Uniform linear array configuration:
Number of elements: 12
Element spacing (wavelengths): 1
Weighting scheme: hamming
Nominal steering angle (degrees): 15
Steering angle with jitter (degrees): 13.136
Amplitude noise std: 0.05
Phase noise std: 0.05

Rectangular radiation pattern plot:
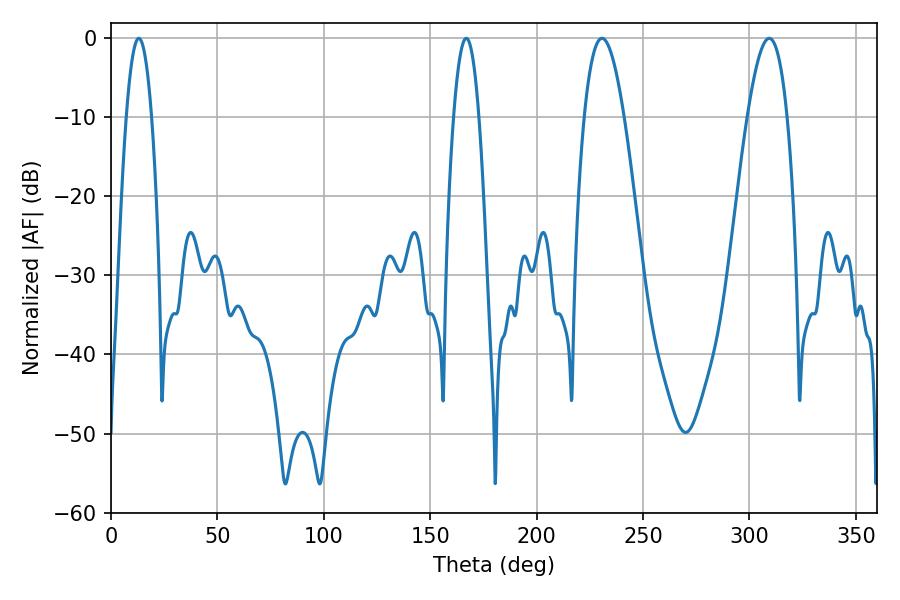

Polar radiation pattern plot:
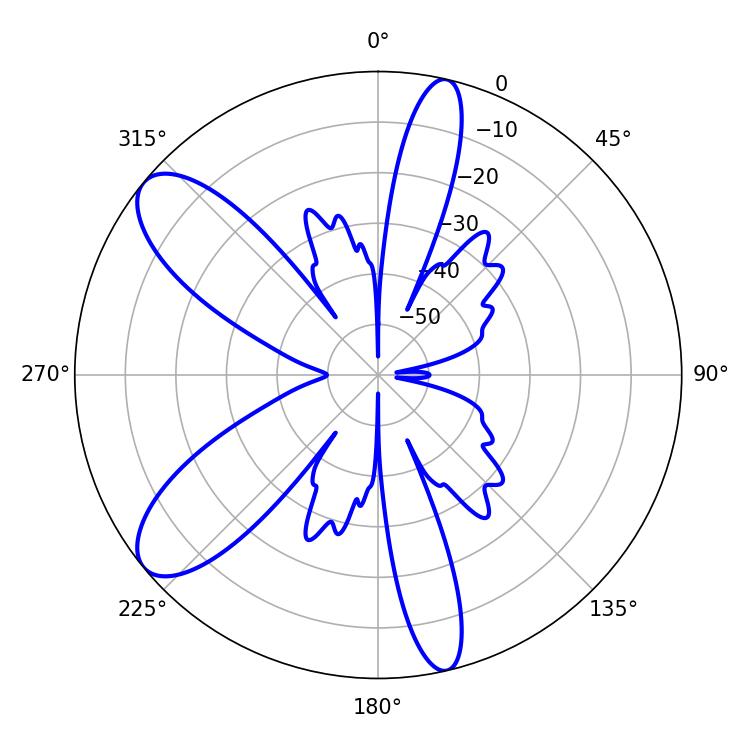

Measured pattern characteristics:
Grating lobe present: TRUE
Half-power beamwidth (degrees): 10.26
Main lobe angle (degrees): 230.76